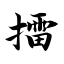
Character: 擂